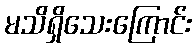
မသိရှိသေးကြောင်း